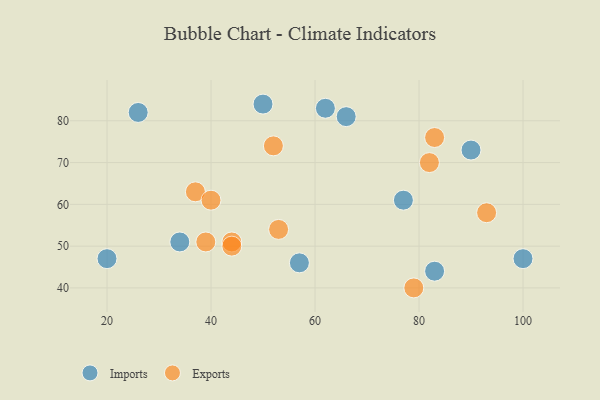
{"axis": {"x": "GDP", "y": "Life Expectancy"}, "legend": ["Exports", "Imports"], "data": [{"x": "77", "y": 61, "type": "Imports"}, {"x": "57", "y": 46, "type": "Imports"}, {"x": "50", "y": 84, "type": "Imports"}, {"x": "62", "y": 83, "type": "Imports"}, {"x": "20", "y": 47, "type": "Imports"}, {"x": "90", "y": 73, "type": "Imports"}, {"x": "100", "y": 47, "type": "Imports"}, {"x": "66", "y": 81, "type": "Imports"}, {"x": "34", "y": 51, "type": "Imports"}, {"x": "26", "y": 82, "type": "Imports"}, {"x": "83", "y": 44, "type": "Imports"}, {"x": "83", "y": 76, "type": "Exports"}, {"x": "79", "y": 40, "type": "Exports"}, {"x": "44", "y": 51, "type": "Exports"}, {"x": "37", "y": 63, "type": "Exports"}, {"x": "44", "y": 50, "type": "Exports"}, {"x": "82", "y": 70, "type": "Exports"}, {"x": "53", "y": 54, "type": "Exports"}, {"x": "52", "y": 74, "type": "Exports"}, {"x": "40", "y": 61, "type": "Exports"}, {"x": "93", "y": 58, "type": "Exports"}, {"x": "39", "y": 51, "type": "Exports"}]}